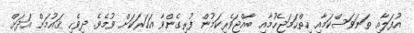
އުފަލާއި ތަނަވަސްކަމާއި ހިތްހަމަޖެހުމާއި ބާއްޖަވެރިކަމުން ފުރިގެންވާ އަހަރަކަށް ވުމެވެ. ދިވެހި ޤައުމަށް އަދަށް